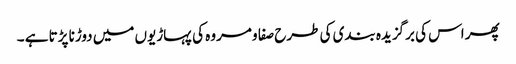
پھر اس کی برگزیدہ بندی کی طرح صفا و مروہ کی پہاڑیوں میں دوڑنا پڑتا ہے ۔